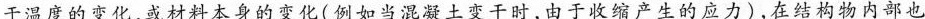
于温度的变化，或材料本身的变化(例如当混凝土变干时，由于收缩产生的应力)，在结构物内部也